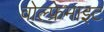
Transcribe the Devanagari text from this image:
वोल्फ्रेमाइट